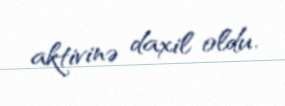
aktivinə daxil oldu.